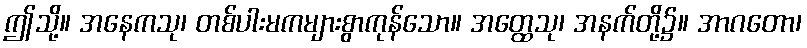
ဤသို့။ အနေကသု၊ တစ်ပါးမကများစွာကုန်သော။ အတ္ထေသု၊ အနက်တို့၌။ အာဂတော၊